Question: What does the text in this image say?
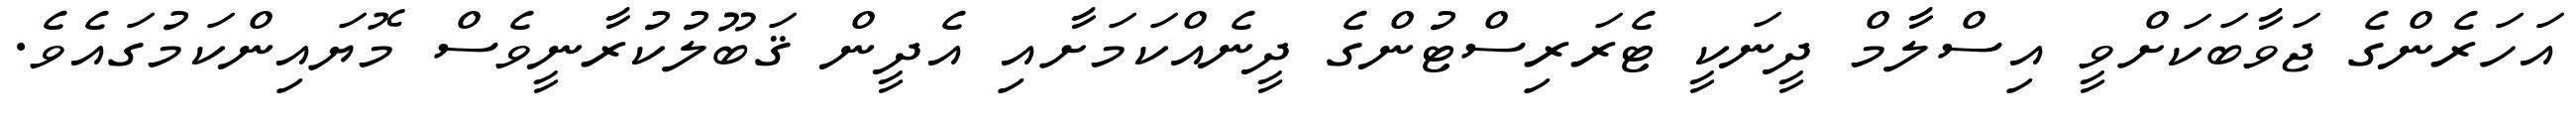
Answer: އަހަރެންގެ ޖަވާބަކަށްވީ އިސްލާމް ދީނަކީ ޓެރަރިސްޓުންގެ ދީނެއްކަމަށާއި އެދީން ޤަބޫލުކުރާނީވެސް މޮޔައިންކަމުގައެވެ.